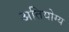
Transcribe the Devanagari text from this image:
अतियोग्य